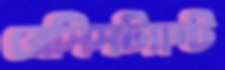
রেসিসট্যান্ট